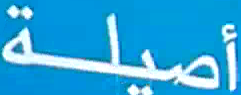
أصيلة